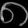
Digit: ၈